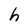
Character: h